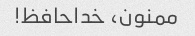
ممنون، خداحافظ!